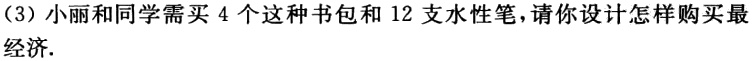
（3）小丽和同学需买4个这种书包和12支水性笔，请你设计怎样购买最经济.